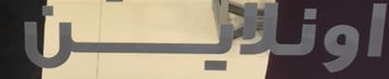
اونلاين